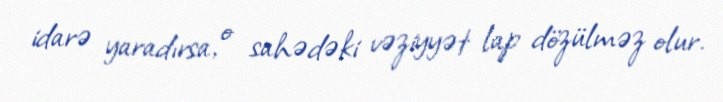
idarə yaradırsa, o sahədəki vəziyyət lap dözülməz olur.